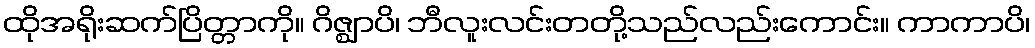
ထိုအရိုးဆက်ပြိတ္တာကို။ ဂိဇ္ဈာပိ၊ ဘီလူးလင်းတတို့သည်လည်းကောင်း။ ကာကာပိ၊